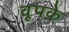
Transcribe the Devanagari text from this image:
वूपके